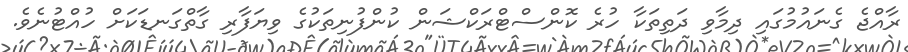
ރާއްޖެ ގެނައުމުގައި ދިމާވި ދަތިތަކާ ހުރެ ކޮންސްޓްރަކްޝަން ކުންފުނިތަކުގެ ވިޔަފާރި ގާތްގަނޑަކަށް ހުއްޓުނެވެ.